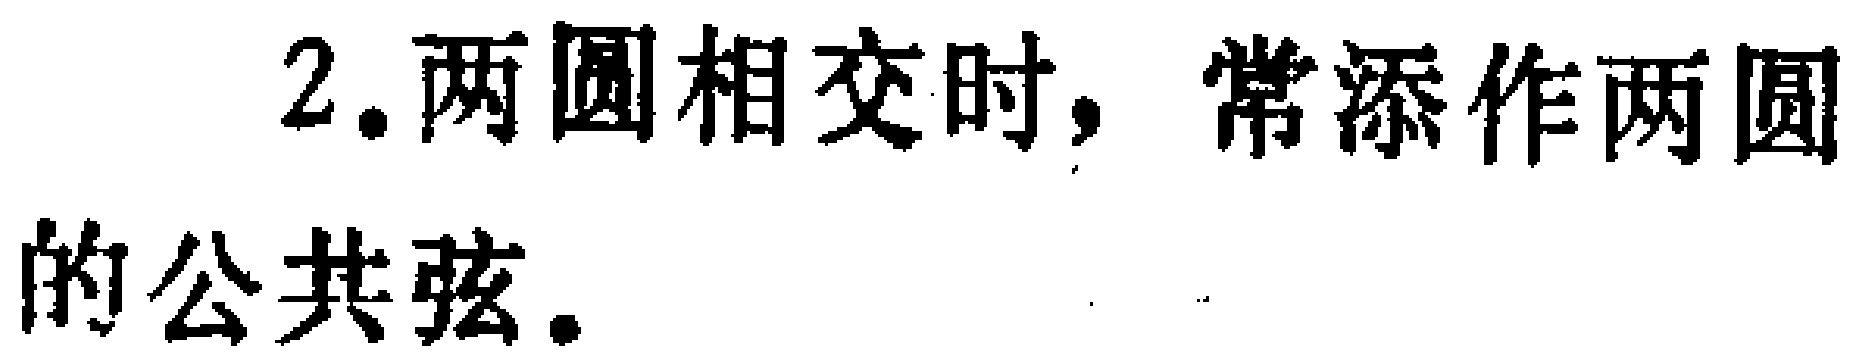
2.两圆相交时，常添作两圆的公共弦。